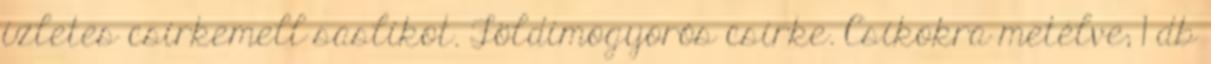
ízletes csirkemell saslikot. Földimogyorós csirke. Csíkokra metélve; 1 db